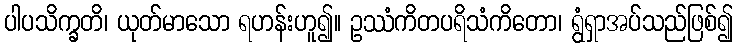
ပါပသိက္ခတိ၊ ယုတ်မာသော ရဟန်းဟူ၍။ ဥဿံကိတပရိသံကိတော၊ ရွံရှာအပ်သည်ဖြစ်၍